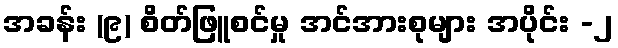
အခန်း (၉) စိတ်ဖြူစင်မှု အင်အားစုများ အပိုင်း -၂